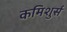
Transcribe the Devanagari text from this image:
कमिशुर्स